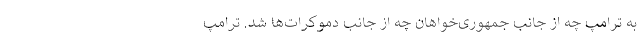
به ترامپ چه از جانب جمهوری­خواهان چه از جانب دموکرات­ها شد. ترامپ